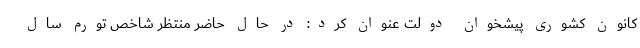
کانون کشوری پیشخوان دولت عنوان کرد: در حال حاضر منتظر شاخص تورم سال